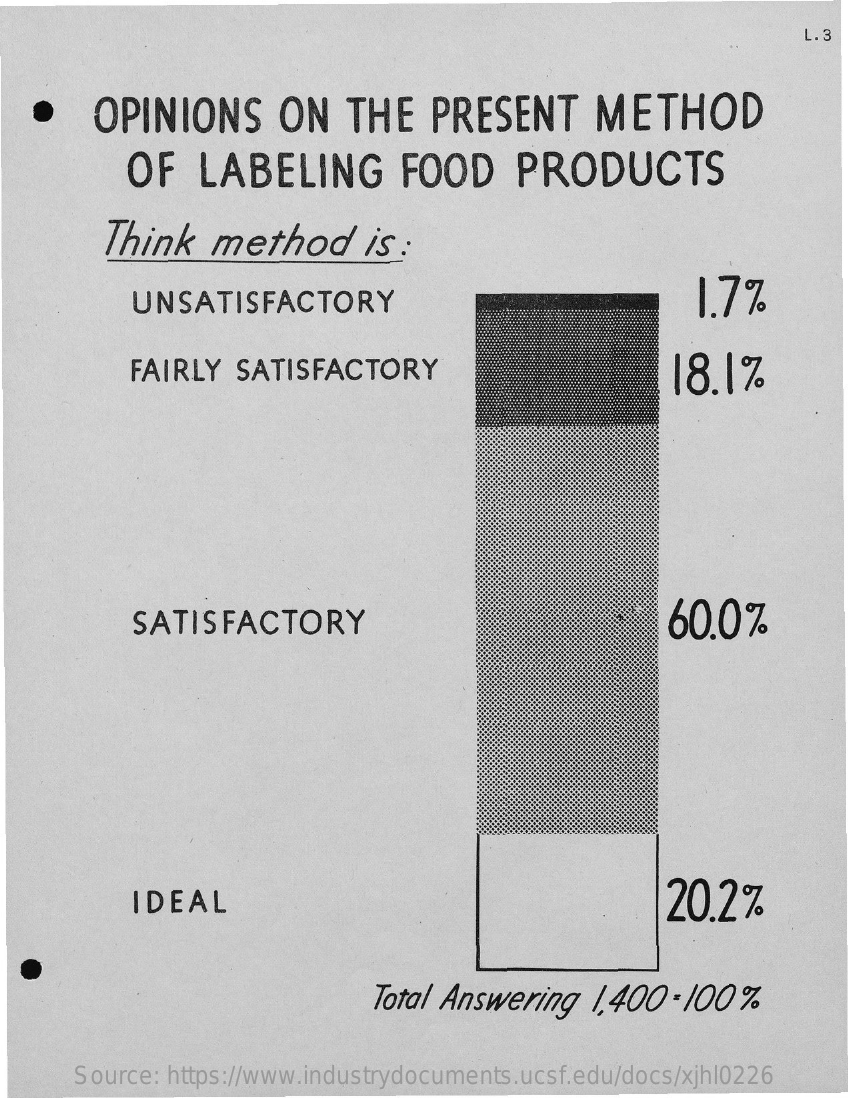
L. 3
     OPINIONS    ON    THE    PRESENT    METHOD
     OF   LABELING    FOOD    PRODUCTS
     Think    method    is :
     UNSATISFACTORY    1,7%
     FAIRLY   SATISFACTORY    18.1%
     SATISFACTORY    60.0%
     IDEAL    20.2%
     Total Answering   1,400  - 100%
     Source: https://www.industrydocuments.ucsf.edu/docs/xjhl0226